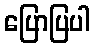
ပြောပြပါ